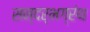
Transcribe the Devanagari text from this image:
सन्दर्भग्रंथ